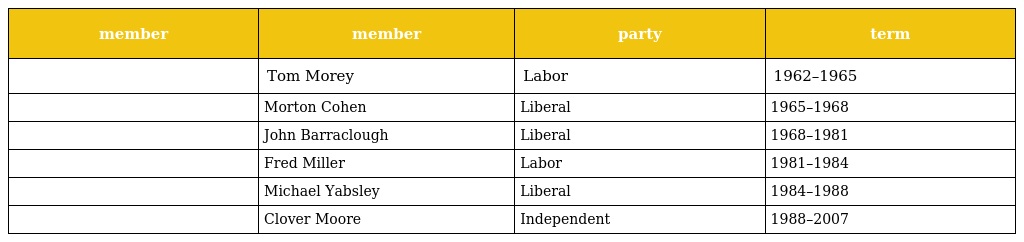
| member | member | party | term |
 | --- | --- | --- | --- |
 |  | Tom Morey | Labor | 1962–1965 |
 |  | Morton Cohen | Liberal | 1965–1968 |
 |  | John Barraclough | Liberal | 1968–1981 |
 |  | Fred Miller | Labor | 1981–1984 |
 |  | Michael Yabsley | Liberal | 1984–1988 |
 |  | Clover Moore | Independent | 1988–2007 |